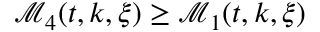
\mathcal { M } _ { 4 } ( t , k , \xi ) \geq \mathcal { M } _ { 1 } ( t , k , \xi )